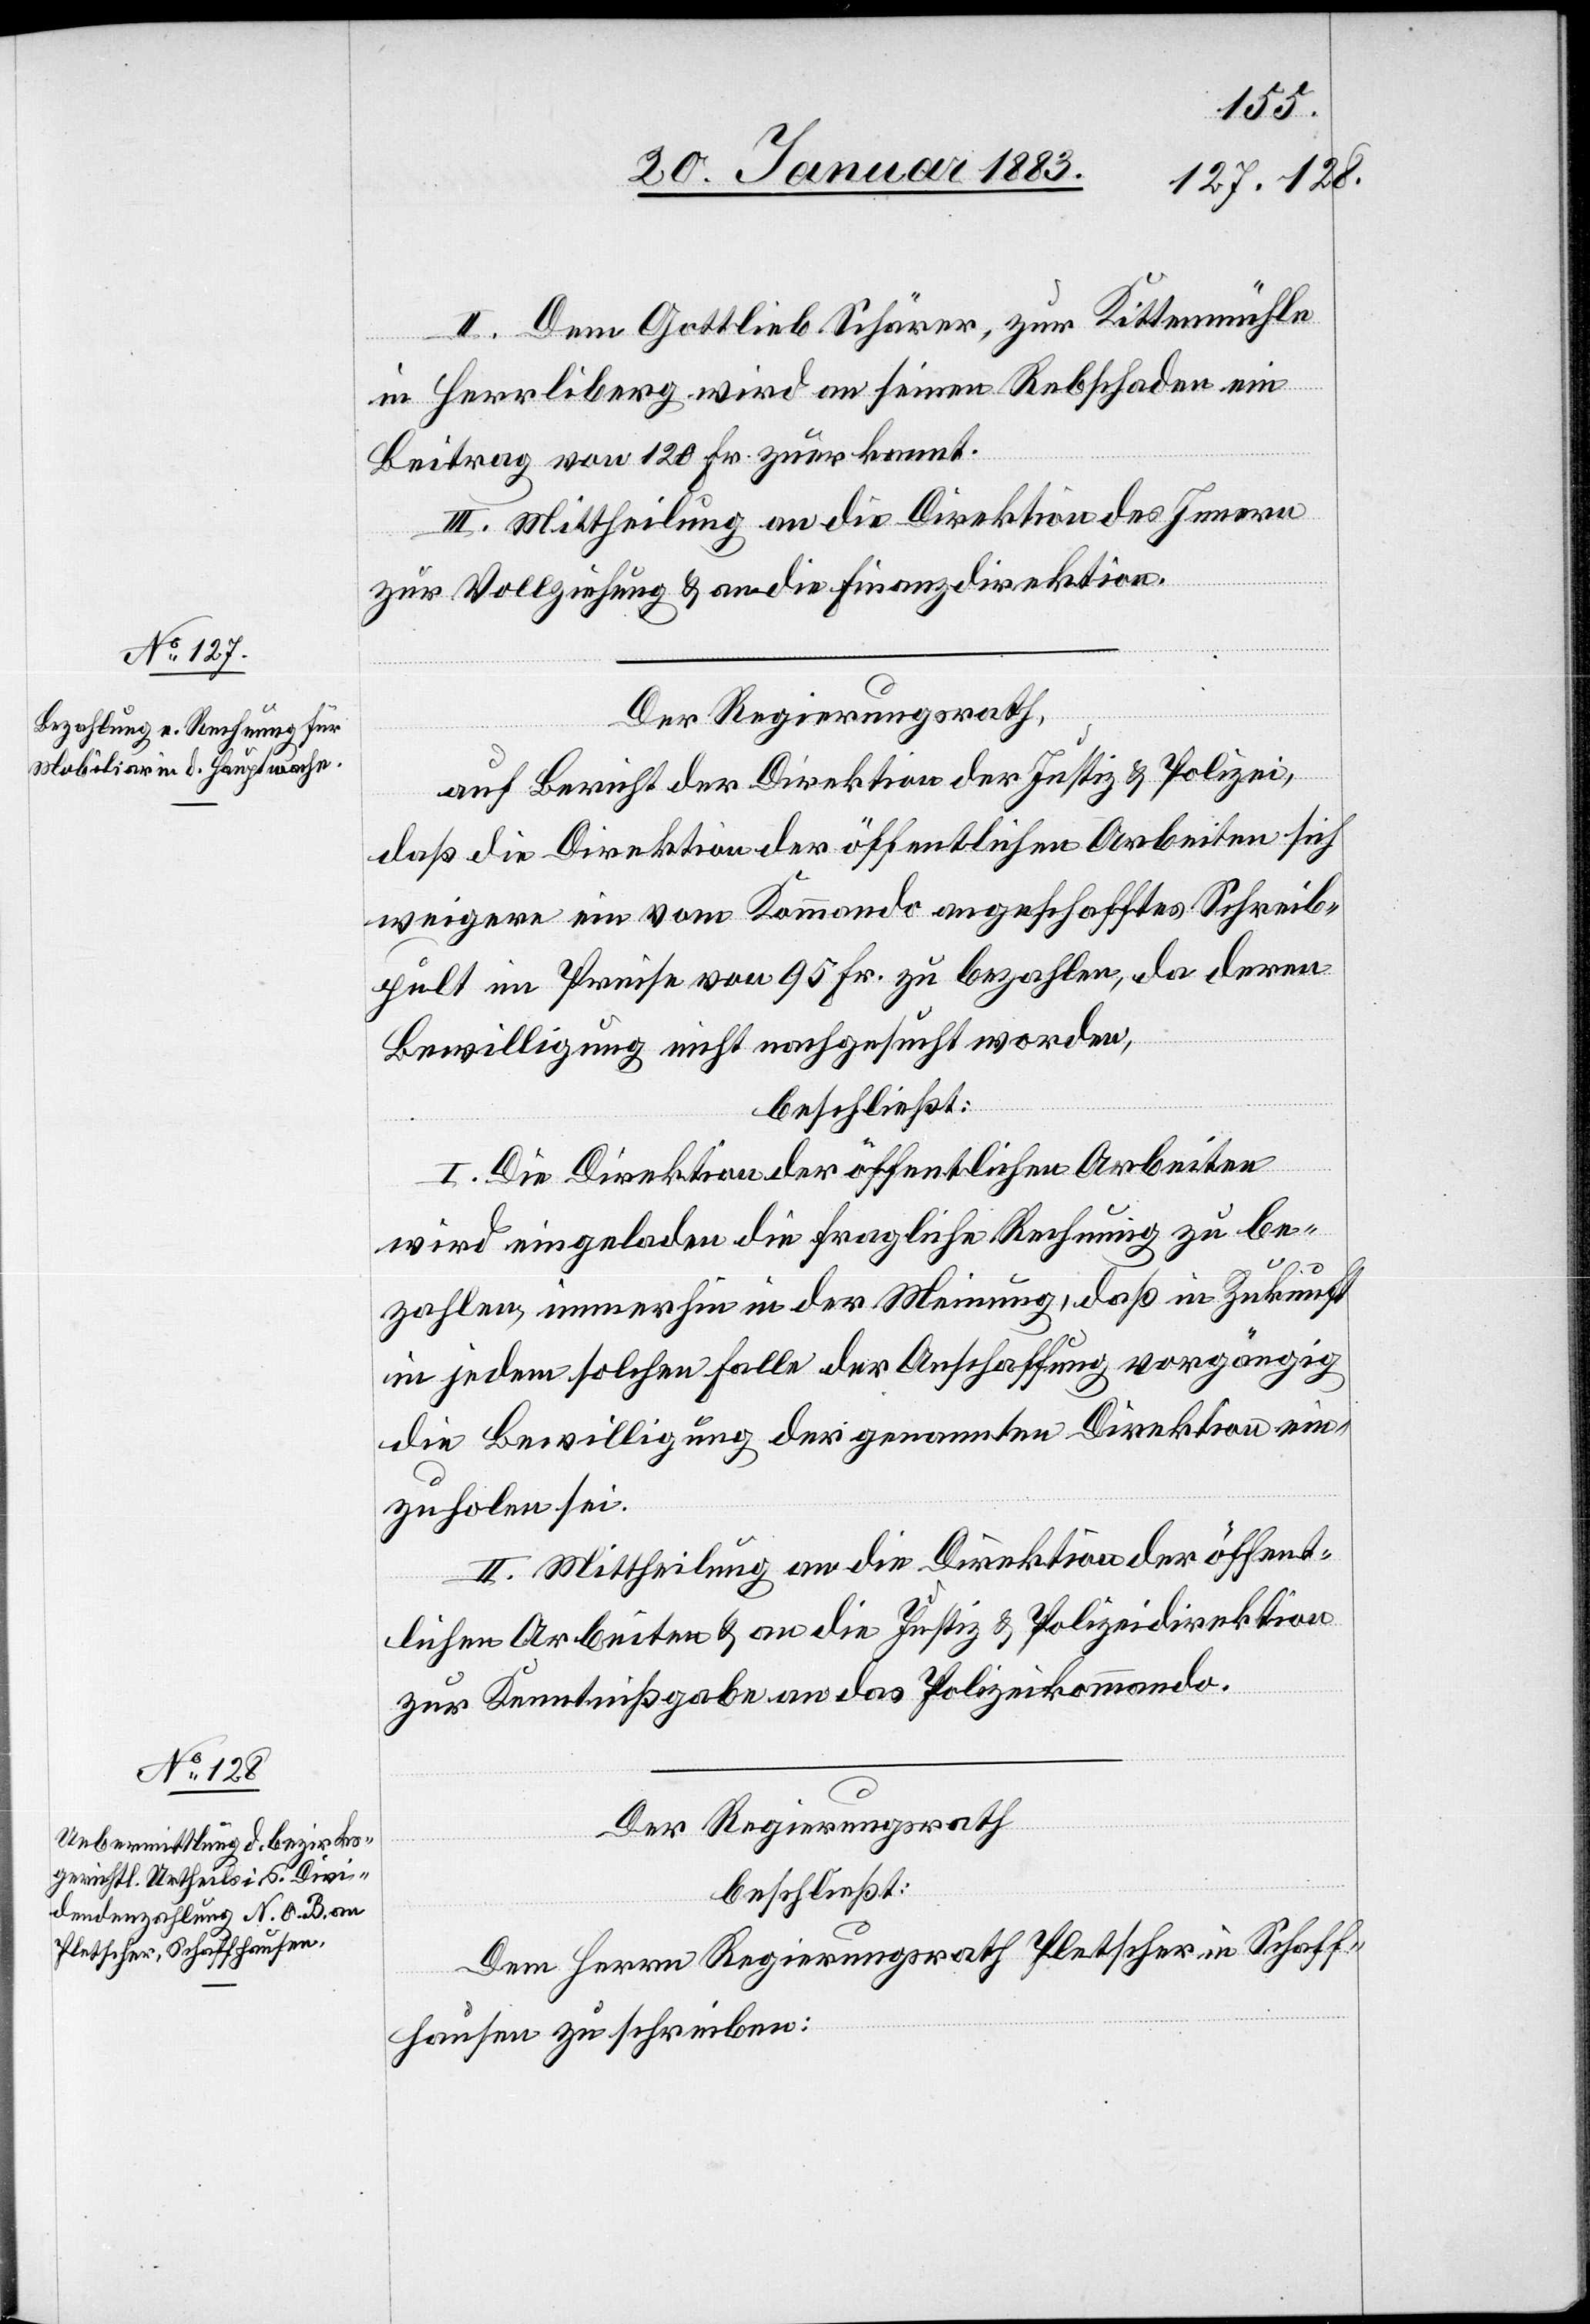
II. Dem Gottlieb Schärer, zur Kittenmühle
in Herrliberg wird an seinen Rebschaden ein
Beitrag von 120 Fr. zuerkannt.
III. Mittheilung an die Direktion des Innern
zur Vollziehung & an die Finanzdirektion.
Der Regierungsrath,
auf Bericht der Direktion der Justiz & Polizei,
daß die Direktion der öffentlichen Arbeiten sich
weigere ein vom Kommando angeschafftes Schreib¬
pult im Preise von 95 Fr. zu bezahlen, da deren
Bewilligung nicht nachgesucht worden,
beschließt:
I. Die Direktion der öffentlichen Arbeiten
wird eingeladen die fragliche Rechnung zu be¬
zahlen, immerhin in der Meinung, daß in Zukunft
in jedem solchen Falle der Anschaffung vorgängig
die Bewilligung der genannten Direktion ein¬
zuholen sei.
II. Mittheilung an die Direktion der öffent¬
lichen Arbeiten & an die Justiz[-] & Polizeidirektion
zur Kenntnißgabe an das Polizeikommando.
Der Regierungsrath
beschließt:
Dem Herrn Regierungsrath Pletscher in Schaff¬
hausen zu schreiben: